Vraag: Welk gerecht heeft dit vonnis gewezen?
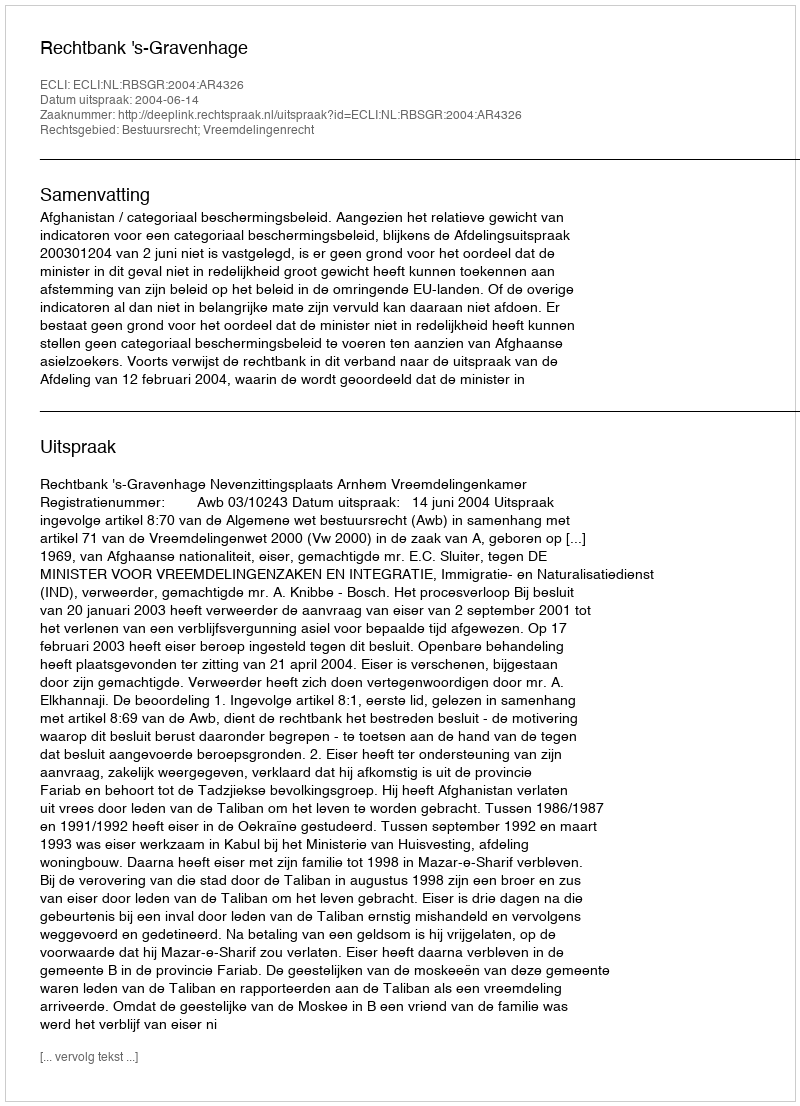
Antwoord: Rechtbank 's-Gravenhage